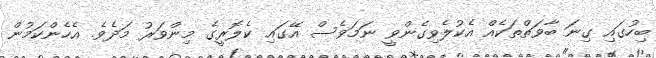
ބިހުގައި ގިނަ ބާވަތްތަކެއް އެކުލެވިގެންވީ ނަމަވެސް އޭގައި ކެލޮރީގެ މިންވަރު މަދެވެ. އެހެންކަމުން